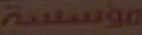
مؤسسة